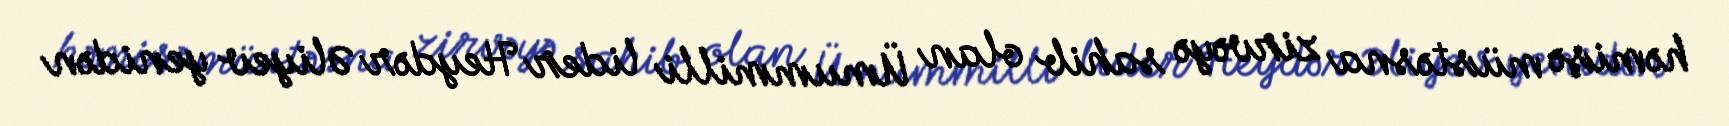
həmişə müstəsna zirvəyə sahib olan Ümummilli lider Heydər Əliyev yenidən